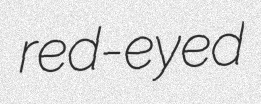
red-eyed